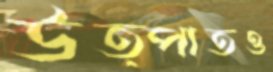
উত্পাতও